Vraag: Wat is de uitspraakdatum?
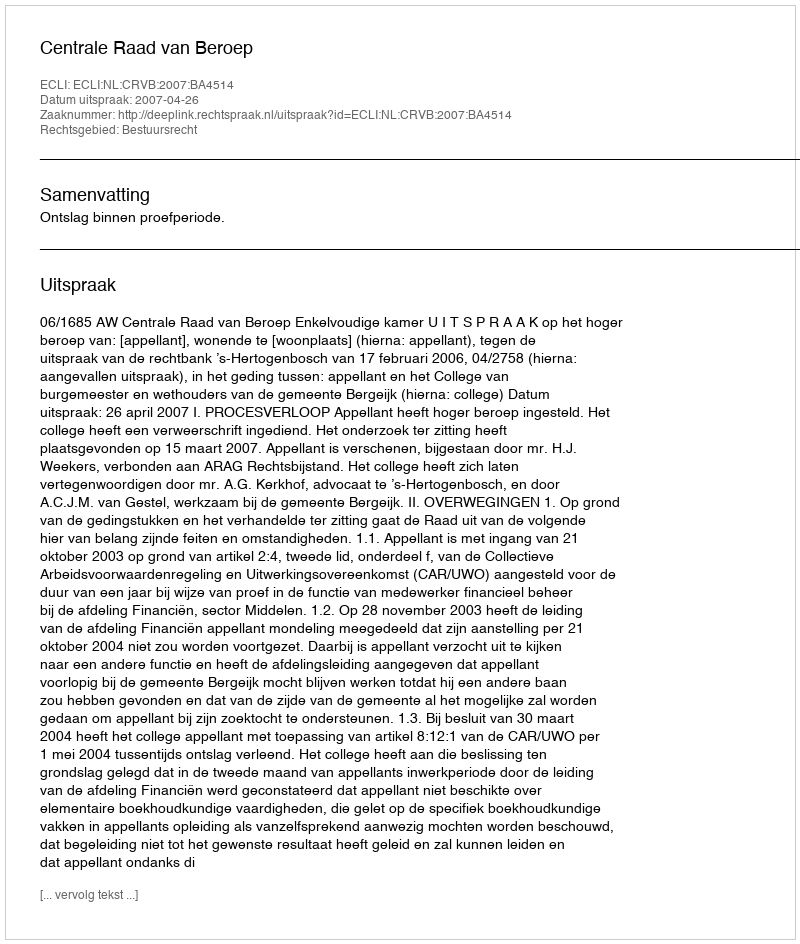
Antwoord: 2007-04-26